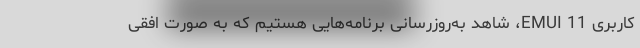
کاربری EMUI 11، شاهد به‌روزرسانی برنامه‌هایی هستیم که به صورت افقی